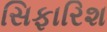
સિફારિશ